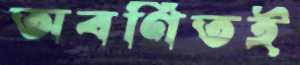
অবর্ণিতই